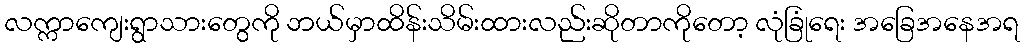
လက္ကာကျေးရွာသားတွေကို ဘယ်မှာထိန်းသိမ်းထားလည်းဆိုတာကိုတော့ လုံခြုံရေး အခြေအနေအရ